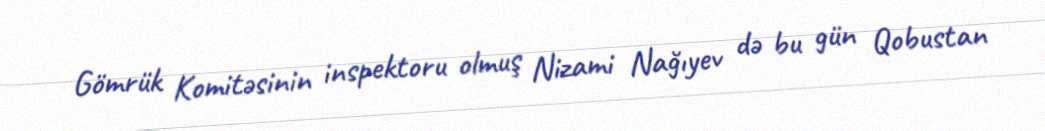
Gömrük Komitəsinin inspektoru olmuş Nizami Nağıyev də bu gün Qobustan